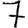
Digit: 7